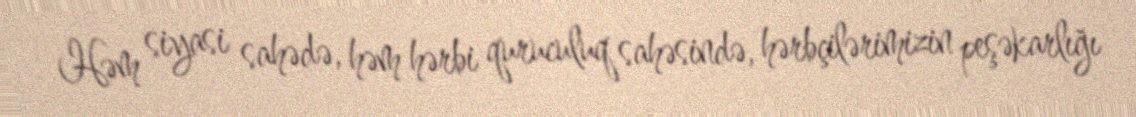
Həm siyasi sahədə, həm hərbi quruculuq sahəsində, hərbçilərimizin peşəkarlığı